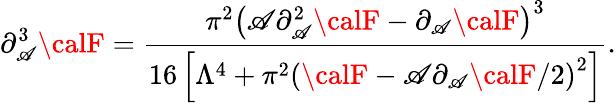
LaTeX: \partial_{\mathscr{A}}^{3}{\calF}={\frac{{\pi^{2}\left(\mathscr{A}\partial_{\mathscr{A}}^{2}{\calF}-\partial_{\mathscr{A}}{\calF}\right)^{3}}}{{16\left[{\Lambda^{4}}+\pi^{2}\left({\calF}-{\mathscr{A}}\partial_{\mathscr{A}}{\calF}/2\right)^{2}\right]}}}.